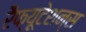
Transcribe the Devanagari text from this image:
रेैफ्यूटेशन्स